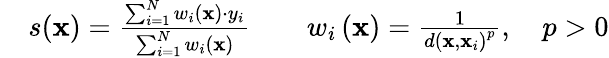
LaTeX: \begin{array}{rlrl}&{s(\mathbf{x})=\frac{\sum_{i=1}^{N}w_{i}\left(\mathbf{x}\right)\cdot y_{i}}{\sum_{i=1}^{N}w_{i}\left(\mathbf{x}\right)}}&&{w_{i}\left(\mathbf{x}\right)=\frac{1}{d\left(\mathbf{x},\mathbf{x}_{i}\right)^{p}},\quad p>0}\end{array}